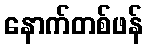
နောက်တစ်ဖန်